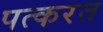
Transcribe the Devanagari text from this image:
पत्करत